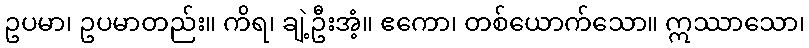
ဥပမာ၊ ဥပမာတည်း။ ကိရ၊ ချဲ့ဦးအံ့။ ဧကော၊ တစ်ယောက်သော။ ဣဿာသော၊